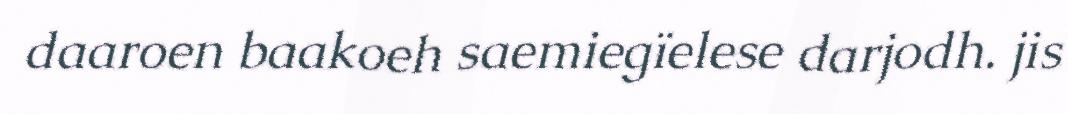
daaroen baakoeh saemiegïelese darjodh. jis